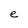
Character: e